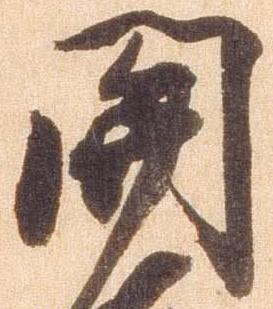
関